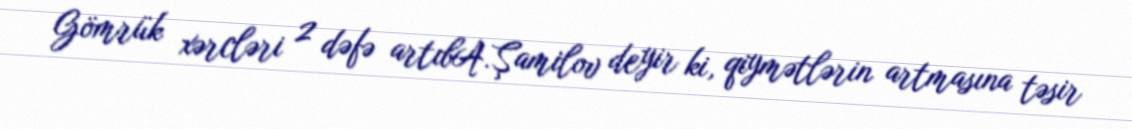
Gömrük xərcləri 2 dəfə artıbA.Şamilov deyir ki, qiymətlərin artmasına təsir